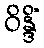
ဝိန္ဒိံ